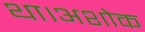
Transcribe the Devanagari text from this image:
था।अशोक